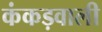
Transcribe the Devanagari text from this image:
कंकड़वाली